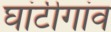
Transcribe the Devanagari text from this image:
घांटीगांव